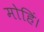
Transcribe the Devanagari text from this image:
मोहिं।